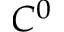
C ^ { 0 }